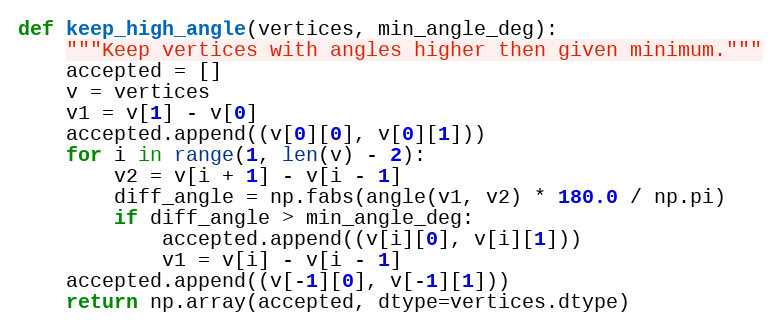
Language: Python
def keep_high_angle(vertices, min_angle_deg):
    """Keep vertices with angles higher then given minimum."""
    accepted = []
    v = vertices
    v1 = v[1] - v[0]
    accepted.append((v[0][0], v[0][1]))
    for i in range(1, len(v) - 2):
        v2 = v[i + 1] - v[i - 1]
        diff_angle = np.fabs(angle(v1, v2) * 180.0 / np.pi)
        if diff_angle > min_angle_deg:
            accepted.append((v[i][0], v[i][1]))
            v1 = v[i] - v[i - 1]
    accepted.append((v[-1][0], v[-1][1]))
    return np.array(accepted, dtype=vertices.dtype)